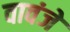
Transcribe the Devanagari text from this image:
वावंजे